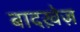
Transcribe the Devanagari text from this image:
बादख़ेज़